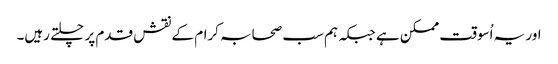
اور یہ اُسوقت ممکن ہے جبکہ ہم سب صحابہ کرام کے نقش قدم پر چلتے رہیں۔